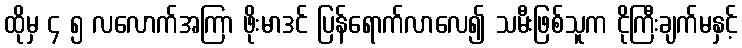
ထိုမှ ၄ ၅ လလောက်အကြာ ဖိုးမာဒင် ပြန်ရောက်လာလေ၍ သမီးဖြစ်သူက ငိုကြီးချက်မနှင့်